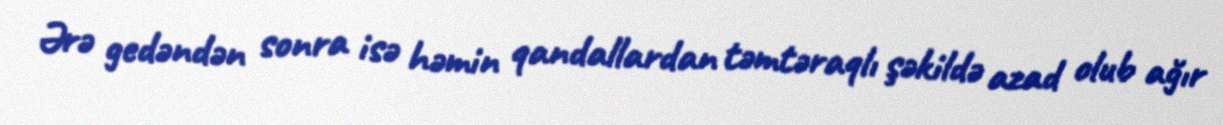
Ərə gedəndən sonra isə həmin qandallardan təmtəraqlı şəkildə azad olub ağır